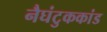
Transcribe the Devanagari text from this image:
नैघंटुककांड